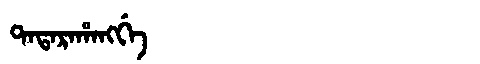
Manchu: ᡨᠠᡨᠠᡵᠠᡥᠠᠩᡤᡝ
Romanization: TATARAHANGGE